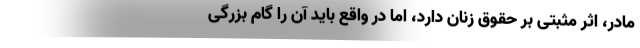
مادر، اثر مثبتی بر حقوق زنان دارد، اما در واقع باید آن را گام بزرگی